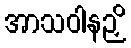
အာသဝါနဉှိ